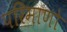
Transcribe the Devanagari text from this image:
परिमाणो